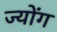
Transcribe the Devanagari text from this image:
ज्योंग